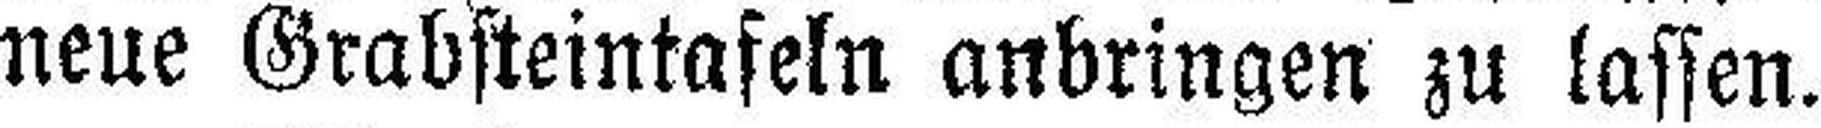
neue Grabsteintafeln anbringen zu lassen.